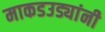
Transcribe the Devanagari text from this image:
माकडउड्यांनी